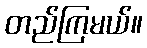
တည်ကြမယ်။